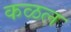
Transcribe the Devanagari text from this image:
कळल